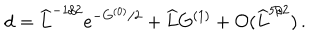
\mathrm { d } = \widehat { L } ^ { - 1 / 2 } e ^ { - G ^ { ( 0 ) } / 2 } + \widehat { L } G ^ { ( 1 ) } + { \cal O } ( \widehat { L } ^ { 5 / 2 } ) \, .